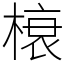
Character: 榱